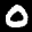
Label: 0